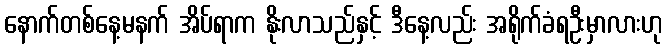
နောက်တစ်နေ့မနက် အိပ်ရာက နိုးလာသည်နှင့် ဒီနေ့လည်း အရိုက်ခံရဦးမှာလားဟု